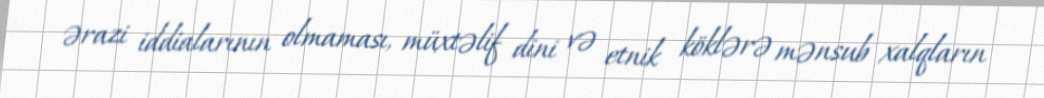
ərazi iddialarının olmaması, müxtəlif dini və etnik köklərə mənsub xalqların